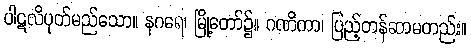
ပါဋလိပုတ်မည်သော။ နဂရေ၊ မြို့တော်၌။ ဂဏိကာ၊ ပြည့်တန်ဆာမတည်း။